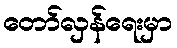
တော်လှန်ရေးမှာ